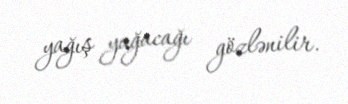
yağış yağacağı gözlənilir.